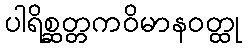
ပါရိစ္ဆတ္တကဝိမာနဝတ္ထု